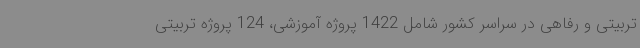
تربیتی و رفاهی در سراسر کشور شامل 1422 پروژه آموزشی، 124 پروژه تربیتی